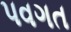
પવગત